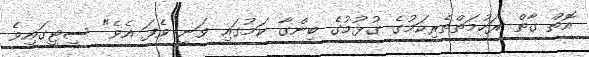
އޮތް ގާތް ރަހުމަތްތެރިކަމުގެ ގުޅުމުގެ ބިންގާ ކަމުގައި ވަނީ ވެފަ އެވެ" ސިޓީގައިވެ